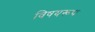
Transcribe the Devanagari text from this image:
विषयरूप